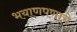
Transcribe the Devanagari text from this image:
भयाणपणाचे